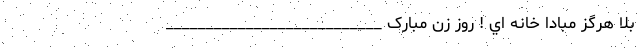
بلا هرگز مبادا خانه اي ! روز زن مبارک ___________________________